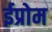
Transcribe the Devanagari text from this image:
ईप्रोम